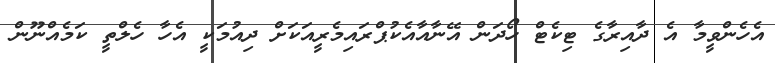
އެހެންވީމާ އެ ދާއިރާގެ ޓިކެޓް ހޯދަން އޭނާއާއެކުޕްރައިމެރީއަކަށް ދިއުމަކީ އެހާ ހެލްތީ ކަމެއްނޫން